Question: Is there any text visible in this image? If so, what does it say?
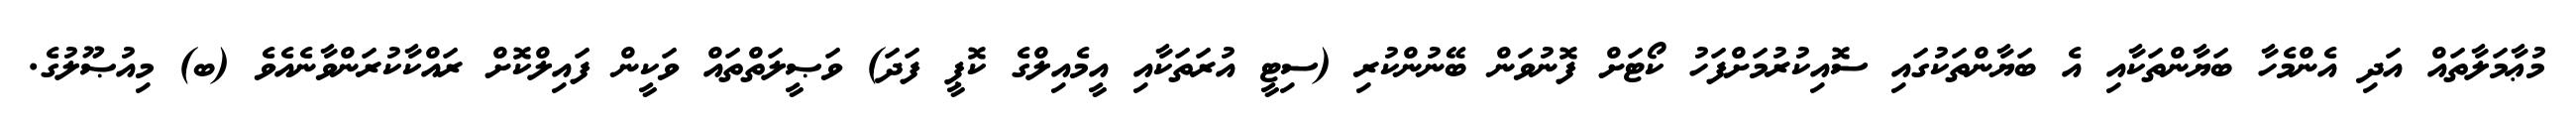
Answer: މުޢާމަލާތައް އަދި އެންމެހާ ބަޔާންތަކާއި އެ ބަޔާންތަކުގައި ސޮއިކުރުމަށްފަހު ކޯޓަށް ފޮނުވަން ބޭނުންކުރި (ސިޓީ އުރަތަކާއި އީމެއިލްގެ ކޮޕީ ފަދަ) ވަޞީލަތްތައް ވަކީން ފައިލްކޮށް ރައްކާކުރަންވާނެއެވެ (ބ) މިއުޞޫލުގެ.